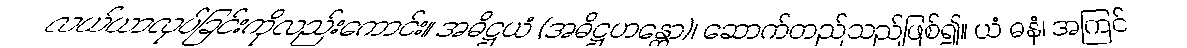
လယ်ယာလုပ်ခြင်းကိုလည်းကောင်း။ အဓိဋ္ဌယံ (အဓိဋ္ဌဟန္တော)၊ ဆောက်တည်သည်ဖြစ်၍။ ယံ ဓနံ၊ အကြင်